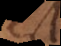
est